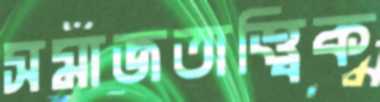
সমাজতাত্ত্বিক